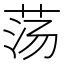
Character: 荡